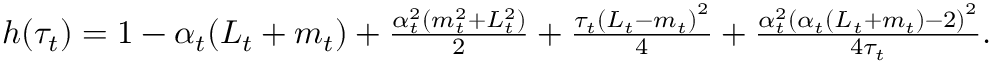
\begin{array} { r } { h ( \tau _ { t } ) = 1 - \alpha _ { t } ( L _ { t } + m _ { t } ) + \frac { \alpha _ { t } ^ { 2 } ( m _ { t } ^ { 2 } + L _ { t } ^ { 2 } ) } { 2 } + \frac { \tau _ { t } \left( L _ { t } - m _ { t } \right) ^ { 2 } } { 4 } + \frac { \alpha _ { t } ^ { 2 } \left( \alpha _ { t } \left( L _ { t } + m _ { t } \right) - 2 \right) ^ { 2 } } { 4 \tau _ { t } } . } \end{array}